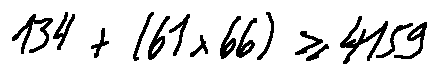
1 3 4 + ( 6 1 \times 6 6 ) \geq 4 1 5 9